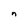
Character: n